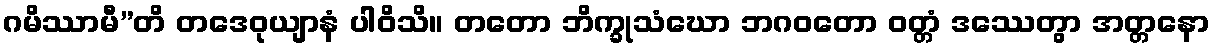
ဂမိဿာမီ”တိ တဒေဝုယျာနံ ပါဝိသိ။ တတော ဘိက္ခုသံဃော ဘဂဝတော ဝတ္တံ ဒဿေတွာ အတ္တနော